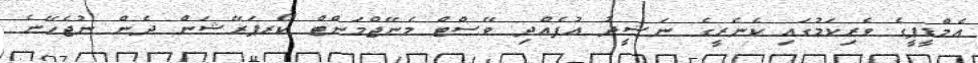
އެމްޑީޕީގެ ވެރިކަމުގައި ކެނެރީގެ ނަޝީދު އުފެއްދި ވޭސްޓް މެނޭޖްމަންޓް ކޯރޕަރޭޝަން ދެން ނުޖެހޭނެ